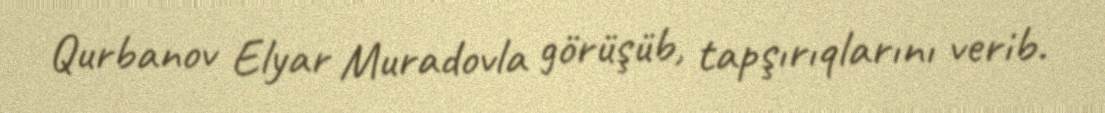
Qurbanov Elyar Muradovla görüşüb, tapşırıqlarını verib.